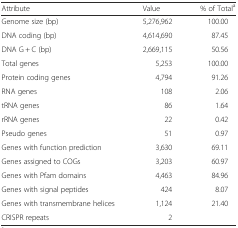
<table><thead><tr><td><b>Attribute</b></td><td><b>Value</b></td><td><b>% of Total<sup>a</sup></b></td></tr></thead><tbody><tr><td>Genome size (bp)</td><td>5,276,962</td><td>100.00</td></tr><tr><td>DNA coding (bp)</td><td>4,614,690</td><td>87.45</td></tr><tr><td>DNA G + C (bp)</td><td>2,669,115</td><td>50.56</td></tr><tr><td>Total genes</td><td>5,253</td><td>100.00</td></tr><tr><td>Protein coding genes</td><td>4,794</td><td>91.26</td></tr><tr><td>RNA genes</td><td>108</td><td>2.06</td></tr><tr><td>tRNA genes</td><td>86</td><td>1.64</td></tr><tr><td>rRNA genes</td><td>22</td><td>0.42</td></tr><tr><td>Pseudo genes</td><td>51</td><td>0.97</td></tr><tr><td>Genes with function prediction</td><td>3,630</td><td>69.11</td></tr><tr><td>Genes assigned to COGs</td><td>3,203</td><td>60.97</td></tr><tr><td>Genes with Pfam domains</td><td>4,463</td><td>84.96</td></tr><tr><td>Genes with signal peptides</td><td>424</td><td>8.07</td></tr><tr><td>Genes with transmembrane helices</td><td>1,124</td><td>21.40</td></tr><tr><td>CRISPR repeats</td><td>2</td><td></td></tr></tbody></table>